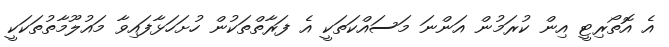
އެ އޮތޯރިޓީ އިން ކުރަމުން އަންނަ މަސައްކަތަކީ އެ ފަރާތްތަކުން ހުށަހަޅާފައިވާ މައުލޫމާތުތަކަކީ